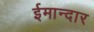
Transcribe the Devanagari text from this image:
ईमान्दार